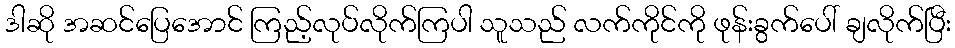
ဒါဆို အဆင်ပြေအောင် ကြည့်လုပ်လိုက်ကြပါ သူသည် လက်ကိုင်ကို ဖုန်းခွက်ပေါ် ချလိုက်ပြီး